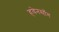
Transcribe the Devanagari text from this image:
हवेनसाँग